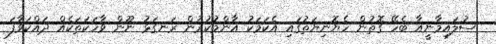
ސުލައިމާނީއާ ބެހޭ ގޮތުން ހެޔޮނިޔަތުގައި އެކަމަކު އާންމުކުރުން ރަނގަޅު ނޫން ވާހަކަތަކެއް ދައްކަވާފަ